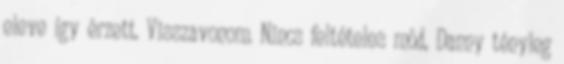
eleve így érzett. Visszavonom. Nincs feltételes mód, Danny tényleg